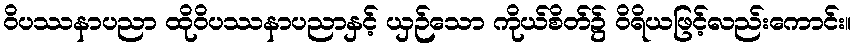
ဝိပဿနာပညာ ထိုဝိပဿနာပညာနှင့် ယှဉ်သော ကိုယ်စိတ်၌ ဝိရိယဖြင့်လည်းကောင်း။